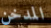
المدخن